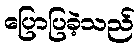
ပြောပြခဲ့သည်